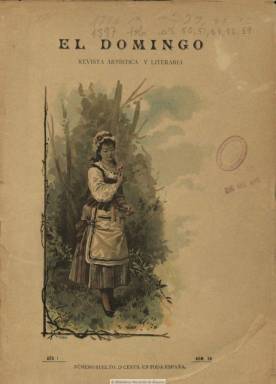
Título: El Domingo (Madrid. 1896)
Colección: Literatura
Ámbito geográfico: Madrid
Lugar de publicación: Madrid
Fechas: 06/12/1896-25/04/1897

Con el subtítulo “revista artística y literaria” comienza a salir el 15 de marzo de 1896, fundada y dirigida por el prolífico escritor Juan Pérez Zúñiga (1860-1938), en entregas de dieciséis páginas, compuestas a una columna y acompañadas de cubiertas y una docena de páginas de publicidad comercial, alguna ilustrada con grabado. Sus contenidos textuales son más de creación literaria, tanto en prosa como en verso (cuentos, narraciones, versos, cantares, etc.) y de índole diversa, como son los artículos dedicados a deportes que en esa época se estaban poniendo de moda, como el polo o el ciclismo, además de crónicas de estrenos teatrales y una sección gastronómica, al final, además de otra de Aristas notables. Pérez Zúñiga se encarga de redactar una crónica social semanal que inserta al comienzo de cada número.

Abundan las ilustraciones, desde la cubierta y contracubierta impresas a color a otras láminas cromolitográficas, así como reproducciones pictóricas fotografiadas por J. Laurent y Compañía, retratos de artistas y personajes populares y célebres, tipos costumbristas o escenas de estilos diversos, algunas de ellas referidas a la actualidad de la guerra de Cuba. Publica dibujos de Picolo y entre las firmas de otras ilustraciones aparecen las de José Zahonero y C. Sedano. También publica viñetas e historietas cómicas, de Poveda y Tartarín.

Sus colaboradores son innumerables, y entre los firmantes de sus textos en verso, aparecen Rafael Porromé, Andrés Rodajo, Enrique de la Vega, Rafael Ramírez Riusler, Luis Falcato, Félix Méndez, Alfonso Arizmendi, Ángel R. Chaves, Pedro Valdés Armada, Juan Manuel Gallego, Antonio Soler y Alfonso Arismendi. En prosa firman textos Pedro Barrantes, Manuel Ossorio y Bernard, Enrique Contreras y Camargo y Alfonso Pérez Nieva. Otros colaboradores son Luis Taboada, Félix Limendoux, Sinesio Delgado y Luis Royo Villanova.

Debió estar dirigida a lectores de ambos géneros como revista ilustrada dominical. La colección de la BNE va del número 39 (6 de diciembre de 1896) al número 59 (25 de abril de 1897). Un estudio sobre Ignacio Doménech, como autor y editor culinario, señala que éste comenzó su colaboración en El domingo, en 1910, por lo que la revista pudo seguir publicándose hasta esta fecha.